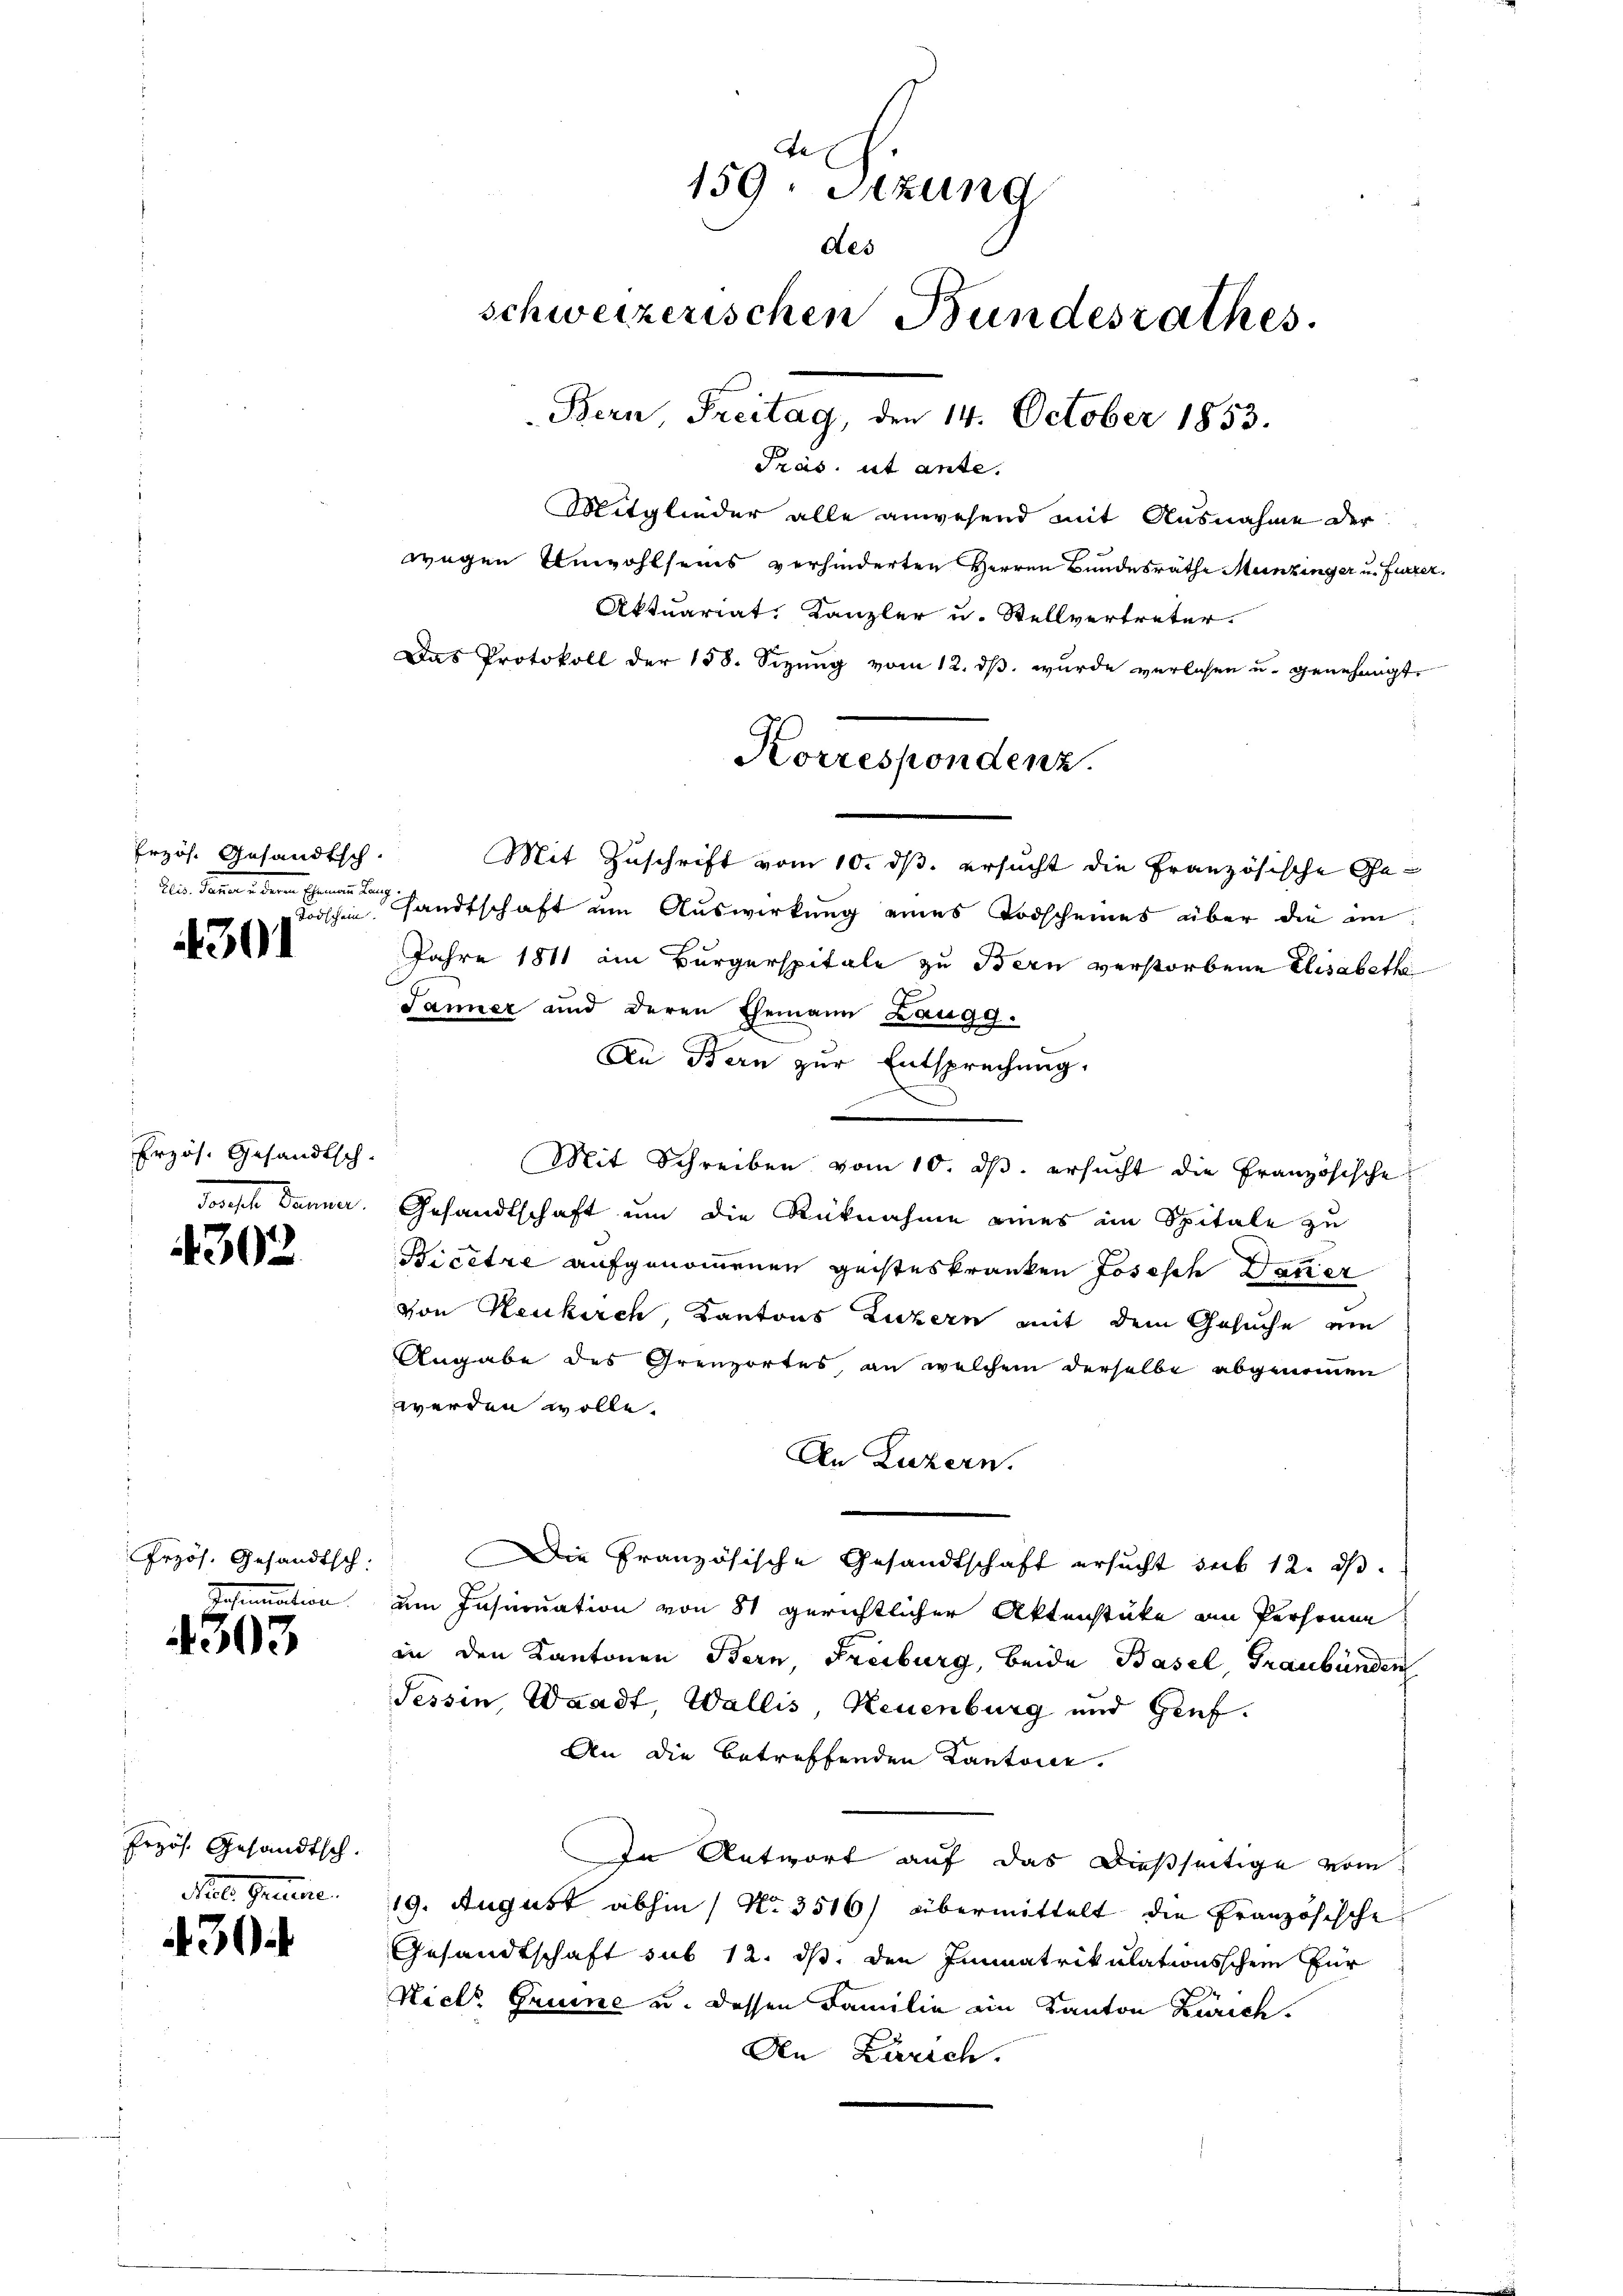
Erzös. Gesandtsch
dein Gener den einen lang
Todschein

4301

Erzös. Gesandtsch.
darste Summen,

4302

Przös. Gesandtsch:
Jasemation.

4303

Przös. Gesandtsch.
Sl. Gemeine

30

e
159. Sitzung
des
schweizerischen Bundesrathes.
Bern, Freitag, den 14. October 1853.
Tras. ut ante.
Mitglieder alle anwesend mit Ausnahme der
wegen Anwohlseines verhinderten Herren Bundesrathe Munzinger u. Furzer
Aktuariat, Kanzler u. Stellvertreter.
Das Protokoll der 158. Sizung vom 12. ds. wurde verlesen u. genehmigt.

Mit Zuschrift vom 10. ds. ersucht die Französische Gesandtschaft um Auswirkung eines Todscheines über die ein
Jahre 1811 am Bürgerspitale zu Bern verstorbene Elisabethe
Janner und deren Ehemann Zaugg.
An Bern zur Entsprechung.
Mit Schreiben vom 10. ds. ersucht die Französische
Gesandtschaft um die Rücknahme eines im Spitale zu
Bicetze aufgenommenen geisteskranken Josisch Danier
von Neukirch, Kantons Luzern mit dem Gesuche ein
Angabe des Grenzortes, an welchem derselbe abgenommen
werden wolle.
An Luzern.
Die Französische Gesandtschaft ersucht seit 12. dβ
um Insinuation von 81 gerichtlicher Aktenstüke an Personne
in den Kantonen Bern, Freiburg, beide Basel, Graubünden
essen Waadt, Wallis, Neuenburg und Genf.
An die betreffenden Kantone.
In Antwort auf das dießseitige vom
19. August abhin / No 3516) übermittelt die Französische
Gesandtschaft sub 12. ds. den Immatrikulationsschein für
Nicht Gruine u. dessen Familie ein Kanton Zürich.
An Zürich.

Korrespondenz